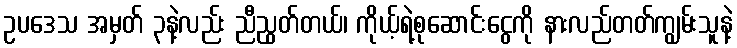
ဥပဒေသ အမှတ် ၃နဲ့လည်း ညီညွတ်တယ်၊ ကိုယ့်ရဲ့စုဆောင်းငွေကို နားလည်တတ်ကျွမ်းသူနဲ့